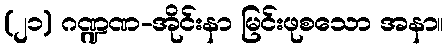
(၂၁) ဂဏ္ဍဏ-အိုင်းနာ မြင်းဖုစသော အနာ။